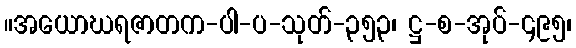
။အယောဃရဇာတက-ပါ-ပ-သုတ်-၃၅၃၊ ဋ္ဌ-စ-အုပ်-၄၉၅၊